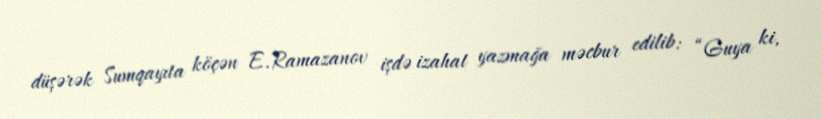
düşərək Sumqayıta köçən E.Ramazanov işdə izahat yazmağa məcbur edilib: “Guya ki,